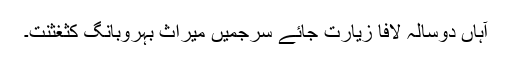
آہاں دوسالہ لافا زیارت جائے سرجمیں میراث بہروبانگ کثغثنت۔